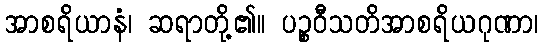
အာစရိယာနံ၊ ဆရာတို့၏။ ပဉ္စဝီသတိအာစရိယဂုဏာ၊